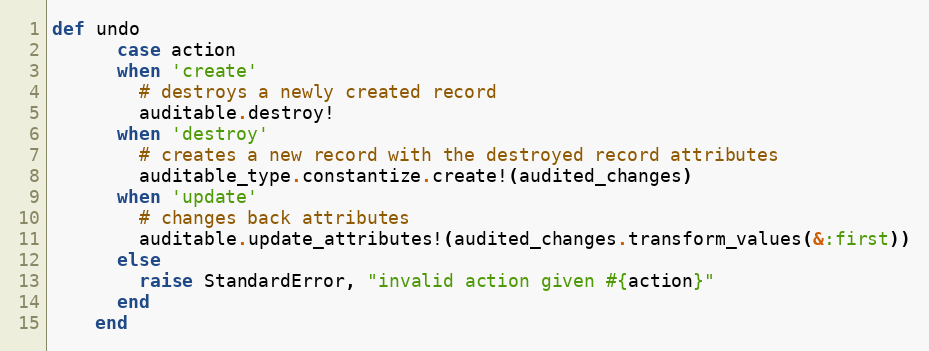
Language: Ruby
def undo
      case action
      when 'create'
        # destroys a newly created record
        auditable.destroy!
      when 'destroy'
        # creates a new record with the destroyed record attributes
        auditable_type.constantize.create!(audited_changes)
      when 'update'
        # changes back attributes
        auditable.update_attributes!(audited_changes.transform_values(&:first))
      else
        raise StandardError, "invalid action given #{action}"
      end
    end